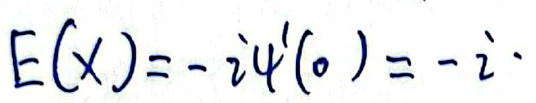
\[
E(X)=-i\psi^{\prime}(0)=-i
\]